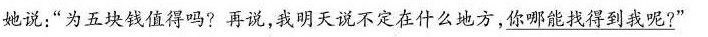
她说；”为五块钱值得吗?再说，我明天说不定在什么地方，\underline{你哪能找得到我呢?}”